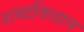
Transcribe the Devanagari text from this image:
शब्दविधान